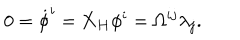
0 = { \dot { \phi } ^ { i } } = { \bf X _ { H } } \phi ^ { i } = \Omega ^ { i j } \lambda _ { j } .